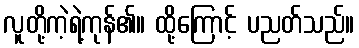
လူတို့ကဲ့ရဲ့ကုန်၏။ ထို့ကြောင့် ပညတ်သည်။